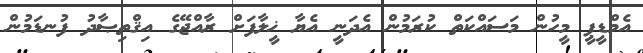
އެމްޑީޕީ މީހުން މަސައްކަތް ކުރަމުން އެދަނީ އެޔާ ޚީލާފަށް ރާއްޖޭގެ އިޤްތިޞާދު ފުނޑަމުން